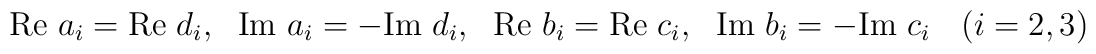
{\rm Re}~a_i= {\rm Re}~d_i,~~{\rm Im}~a_i= -{\rm Im}~d_i,~~{\rm Re}~b_i= {\rm Re}~c_i,~~{\rm Im}~b_i= -{\rm Im}~c_i~~~(i=2,3)